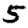
Digit: 5